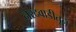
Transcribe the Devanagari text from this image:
नेरदवाडीतून